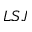
L S J